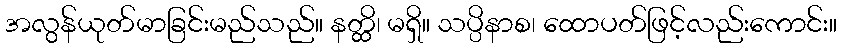
အလွန်ယုတ်မာခြင်းမည်သည်။ နတ္ထိ၊ မရှိ။ သပ္ပိနာစ၊ ထောပတ်ဖြင့်လည်းကောင်း။